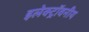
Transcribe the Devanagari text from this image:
इलेक्ट्रॉवनीय